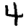
Digit: 4